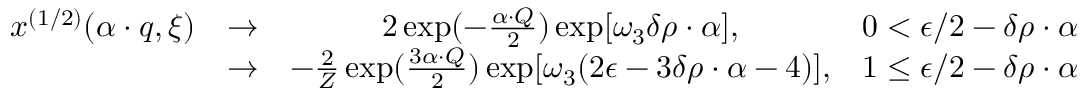
\begin{array} { c c c r } { { x ^ { ( 1 / 2 ) } ( \alpha \cdot q , \xi ) } } & { { \rightarrow } } & { { 2 \exp ( - { \frac { \alpha \cdot Q } { 2 } } ) \exp [ \omega _ { 3 } \delta \rho \cdot \alpha ] , } } & { { 0 < \epsilon / 2 - \delta \rho \cdot \alpha < 1 , } } \\ { { } } & { { \rightarrow } } & { { - { \frac { 2 } { Z } } \exp ( { \frac { 3 { \alpha \cdot Q } } { 2 } } ) \exp [ \omega _ { 3 } ( 2 \epsilon - 3 \delta \rho \cdot \alpha - 4 ) ] , } } & { { 1 \leq \epsilon / 2 - \delta \rho \cdot \alpha < 2 , } } \end{array}